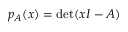
p _ { A } ( x ) = \det ( x I - A )